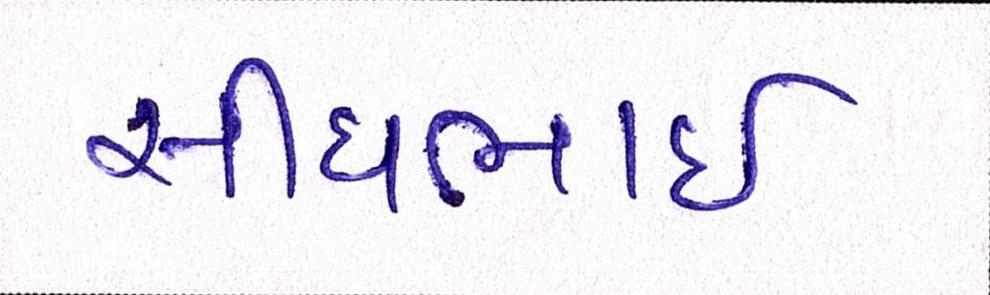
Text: સીદાભાઈ